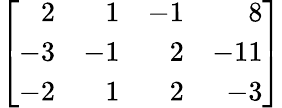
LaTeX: \left[{\begin{array}{rrrr}{2}&{1}&{-1}&{8}\\ {-3}&{-1}&{2}&{-11}\\ {-2}&{1}&{2}&{-3}\end{array}}\right]